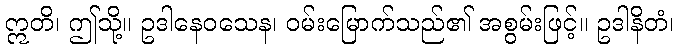
ဣတိ၊ ဤသို့။ ဥဒါနေဝသေန၊ ဝမ်းမြောက်သည်၏ အစွမ်းဖြင့်။ ဥဒါနိတံ၊